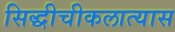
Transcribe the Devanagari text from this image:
सिद्धीचीकलात्यास